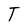
Character: T